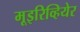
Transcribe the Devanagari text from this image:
मूइरिव्हियेर